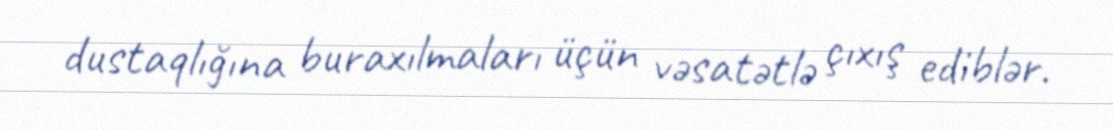
dustaqlığına buraxılmaları üçün vəsatətlə çıxış ediblər.